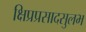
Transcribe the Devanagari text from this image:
क्षिप्रप्रसादसुलभ